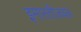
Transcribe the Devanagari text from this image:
इमारतीजवळ